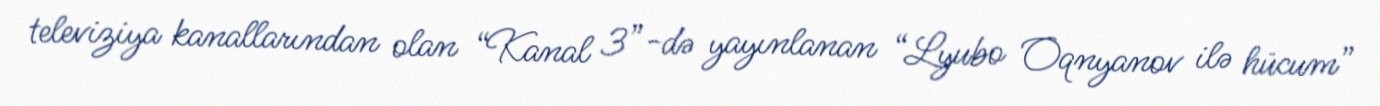
televiziya kanallarından olan “Kanal 3”-də yayınlanan “Lyubo Oqnyanov ilə hücum”